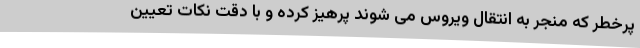
پرخطر که منجر به انتقال ویروس می شوند پرهیز کرده و با دقت نکات تعیین